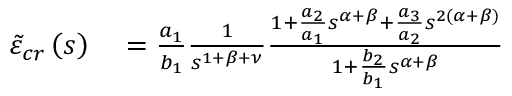
\begin{array} { r l } { \tilde { \varepsilon } _ { c r } \left( s \right) } & { { } = \frac { a _ { 1 } } { b _ { 1 } } \frac { 1 } { s ^ { 1 + \beta + \nu } } \frac { 1 + \frac { a _ { 2 } } { a _ { 1 } } s ^ { \alpha + \beta } + \frac { a _ { 3 } } { a _ { 2 } } s ^ { 2 \left( \alpha + \beta \right) } } { 1 + \frac { b _ { 2 } } { b _ { 1 } } s ^ { \alpha + \beta } } } \end{array}